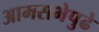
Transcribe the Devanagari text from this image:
आमसभेपुढे